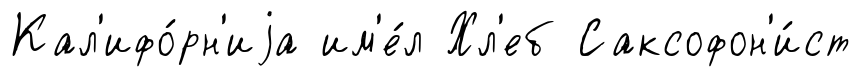
Кал'ифо́рн'иjа им'е́л Хл'еб Саксофон'и́ст